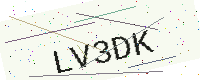
Text: LV3DK